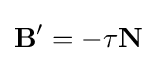
\mathbf {B} '=-\tau \mathbf {N}